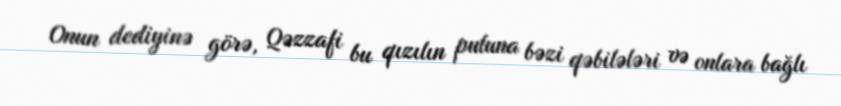
Onun dediyinə görə, Qəzzafi bu qızılın puluna bəzi qəbilələri və onlara bağlı